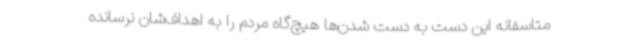
متاسفانه این دست به دست شدن‌ها هیچ‌گاه مردم را به اهداف‌شان نرسانده